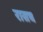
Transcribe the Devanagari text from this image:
रासच